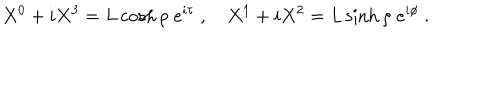
LaTeX: X ^ { 0 } + i X ^ { 3 } = L \cosh \rho \; e ^ { i \tau } \ , \quad X ^ { 1 } + i X ^ { 2 } = L \sinh \rho \; e ^ { i \phi } \ .